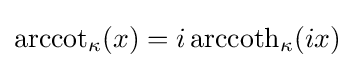
{\rm {arccot}}_{\kappa }(x)=i\,{\rm {arccoth}}_{\kappa }(ix)